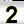
Digit: 2